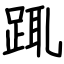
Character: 踂